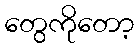
တွေကိုတော့